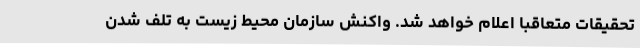
تحقیقات متعاقبا اعلام خواهد شد. واکنش سازمان محیط زیست به تلف شدن